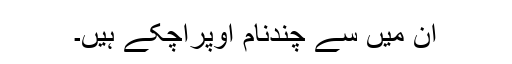
ان میں سے چندنام اوپرآچکے ہیں۔